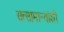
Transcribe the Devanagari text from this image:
सत्सामान्यांशी